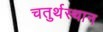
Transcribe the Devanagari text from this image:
चतुर्थस्थान